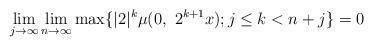
LaTeX: \begin{align*} \lim_{j\rightarrow\infty}\lim_{n\rightarrow\infty}\max\{|2|^{k}\mu(0,\ 2^{k+1}x);j\leq k<n+j\}=0\end{align*}